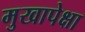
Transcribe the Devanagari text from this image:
मुखापेक्षा